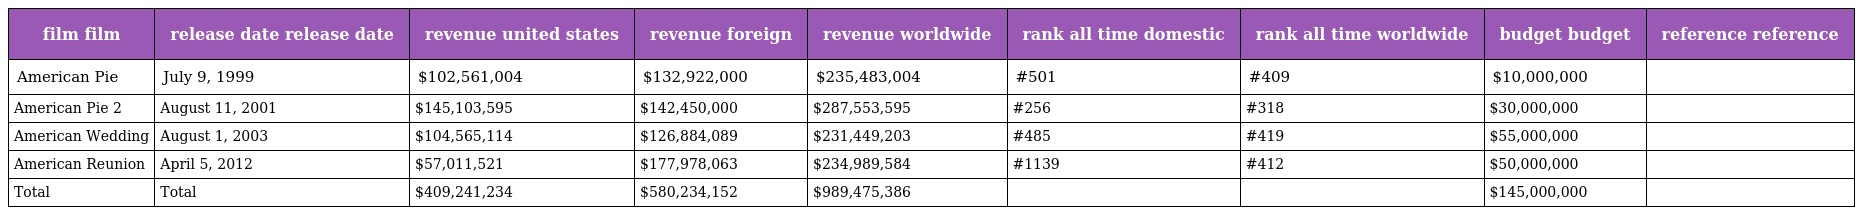
| film film | release date release date | revenue united states | revenue foreign | revenue worldwide | rank all time domestic | rank all time worldwide | budget budget | reference reference |
 | --- | --- | --- | --- | --- | --- | --- | --- | --- |
 | American Pie | July 9, 1999 | $102,561,004 | $132,922,000 | $235,483,004 | #501 | #409 | $10,000,000 |  |
 | American Pie 2 | August 11, 2001 | $145,103,595 | $142,450,000 | $287,553,595 | #256 | #318 | $30,000,000 |  |
 | American Wedding | August 1, 2003 | $104,565,114 | $126,884,089 | $231,449,203 | #485 | #419 | $55,000,000 |  |
 | American Reunion | April 5, 2012 | $57,011,521 | $177,978,063 | $234,989,584 | #1139 | #412 | $50,000,000 |  |
 | Total | Total | $409,241,234 | $580,234,152 | $989,475,386 |  |  | $145,000,000 |  |